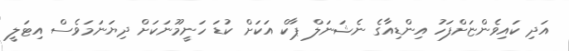
އަދި ކައިވެންޏަށްފަހު އިންޑިއާގެ ނެޝަނަލް ޕާކް އަކަށް ކުޑަ ހަނީމޫނަކަށް ދިޔަނަމަވެސް އިޓަލީ